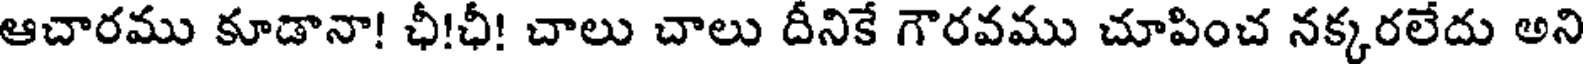
ఆచారము కూడానా! ఛీ!ఛీ! చాలు చాలు దీనికే గౌరవము చూపించ నక్కరలేదు అని